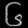
Digit: ၆